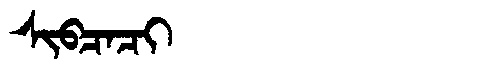
Manchu: ᠰᡳᠪᠴᠠᠴᡳ
Romanization: SIBCACI